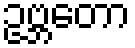
ဥဗ္ဘတော